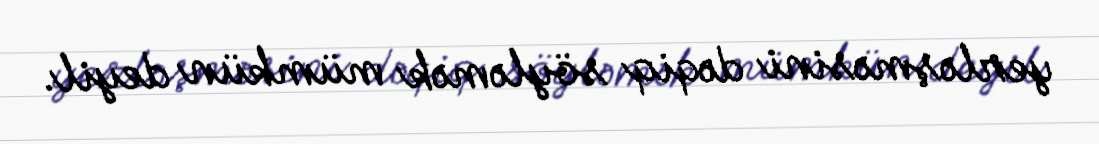
yerləşməsini dəqiq söyləmək mümkün deyil.